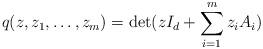
LaTeX: \begin{align*}q(z, z_1,\dots, z_m)=\det(zI_d + \sum_{i=1}^{m}z_i A_i)\end{align*}